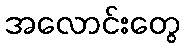
အလောင်းတွေ